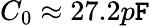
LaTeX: C_{0}\approx27.2p\mathtt{F}